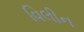
વિલીન